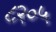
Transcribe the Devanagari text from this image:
८२०५